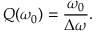
Q ( \omega _ { 0 } ) = \frac { \omega _ { 0 } } { \Delta \omega } .